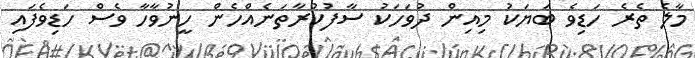
މާލެ ތެރެ ހަޑިވެ ބަޔަކު މިއިން ދުވަހަކު ސާފުކުރާތަނެއްހެން ހީނުވާހާ ވެސް ހަޑިވެފައި